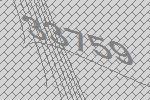
33759